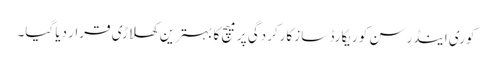
کوری اینڈرسن کو ریکارڈ ساز کارکردگی پر میچ کا بہترین کھلاڑی قرار دیا گیا۔